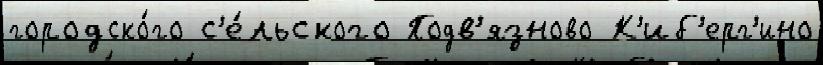
городско́го с'е́льского Подв'язново К'иб'ерг'ино